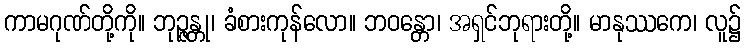
ကာမဂုဏ်တို့ကို။ ဘုဉ္ဇန္တု၊ ခံစားကုန်လော။ ဘဝန္တော၊ အရှင်ဘုရားတို့။ မာနုဿကေ၊ လူ၌